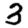
Digit: 3